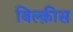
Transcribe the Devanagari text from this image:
बिल्क़ीस